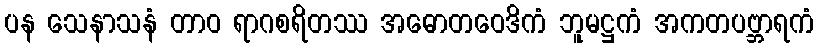
ပန သေနာသနံ တာဝ ရာဂစရိတဿ အဓောတဝေဒိကံ ဘူမဋ္ဌကံ အကတပဗ္ဘာရကံ